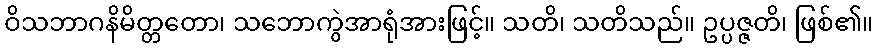
ဝိသဘာဂနိမိတ္တတော၊ သဘောကွဲအာရုံအားဖြင့်။ သတိ၊ သတိသည်။ ဥပ္ပဇ္ဇတိ၊ ဖြစ်၏။